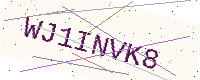
Text: WJ1INVK8